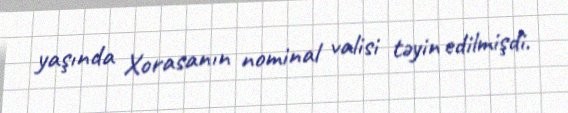
yaşında Xorasanın nominal valisi təyin edilmişdi.